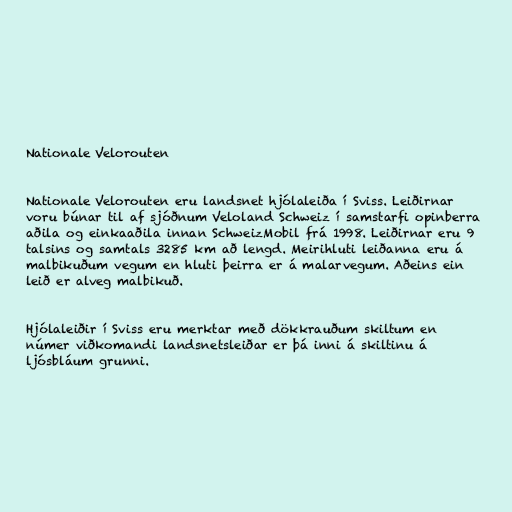
Nationale Velorouten

Nationale Velorouten eru landsnet hjólaleiða í Sviss. Leiðirnar
voru búnar til af sjóðnum Veloland Schweiz í samstarfi opinberra
aðila og einkaaðila innan SchweizMobil frá 1998. Leiðirnar eru 9
talsins og samtals 3285 km að lengd. Meirihluti leiðanna eru á
malbikuðum vegum en hluti þeirra er á malarvegum. Aðeins ein
leið er alveg malbikuð.

Hjólaleiðir í Sviss eru merktar með dökkrauðum skiltum en
númer viðkomandi landsnetsleiðar er þá inni á skiltinu á
ljósbláum grunni.